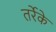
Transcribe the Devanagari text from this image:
तर्रेके